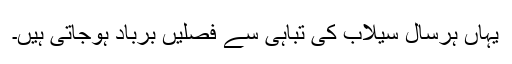
یہاں ہرسال سیلاب کی تباہی سے فصلیں برباد ہوجاتی ہیں۔